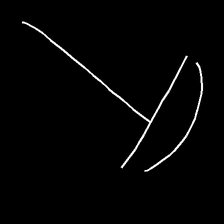
Glyph: dispersion